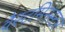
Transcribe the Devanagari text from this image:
वैस्टमिनस्टर